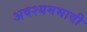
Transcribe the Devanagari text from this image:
अवश्यमभावी